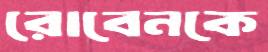
রোবেনকে